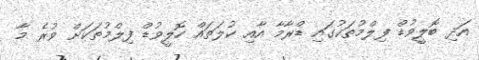
އަދި ބޮލީވުޑް ފިލްމުތަކުގައި ޑްރާމާ އާއި ކުލަތައް ހޮލީވުޑް ފިލްމުތަކަށް ވުރެ މާ